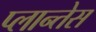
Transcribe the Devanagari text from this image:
प्लान्तेस